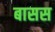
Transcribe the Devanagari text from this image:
बासस